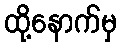
ထို့နောက်မှ